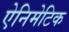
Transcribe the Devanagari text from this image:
ऐनिमेटिक